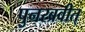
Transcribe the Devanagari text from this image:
पुनरब्रवीत्